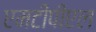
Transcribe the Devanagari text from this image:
एमटीपीएल